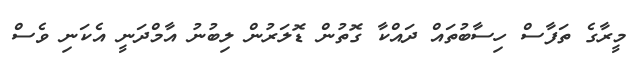
މީރާގެ ތަފާސް ހިސާބުތައް ދައްކާ ގޮތުން ޑޮލަރުން ލިބުނު އާމްދަނީ އެކަނި ވެސް